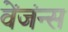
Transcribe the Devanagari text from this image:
वेंजंन्स